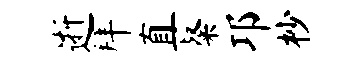
逝拜直粲邛杪